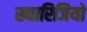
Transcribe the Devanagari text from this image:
ख्वारिजियों